Sanitation, dispensaries and jails vaccination Rajputana 1922-1927 - 1922-1927
Year: 1922
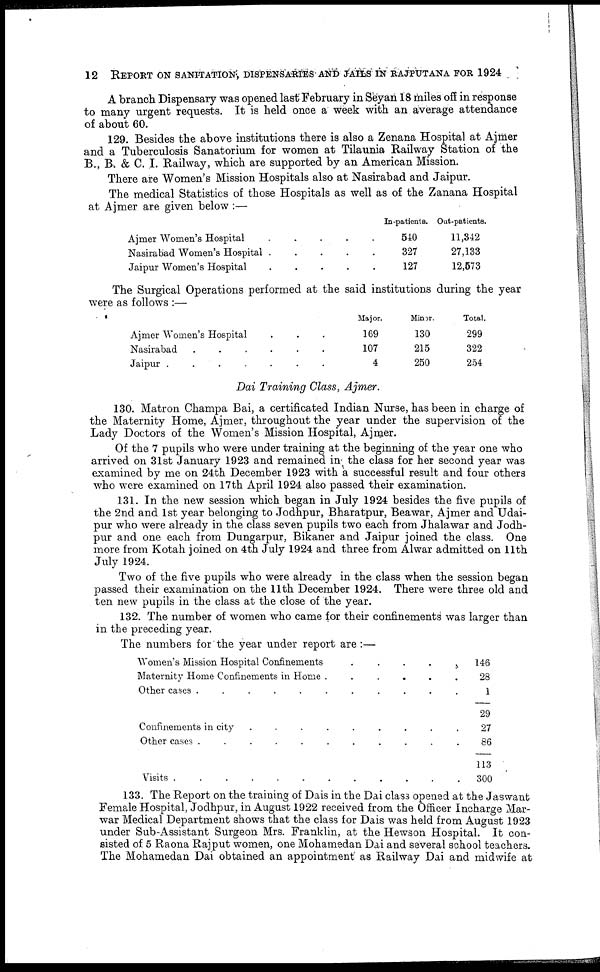
12 REPORT ON SANITATION DISPENSARIES AND JAILS IN RAJPUTANA FOR 1924
A branch Dispensary was opened last February in Seyan 18 miles off in response
to many urgent requests. It is held once a week with an average attendance
of about 60.
129. Besides the above institutions there is also a Zenana Hospital at Ajmer
and a Tuberculosis Sanatorium for women at Tilaunia Railway Station of the
B., B. & C. I. Railway, which are supported by an American Mission.
There are Women's Mission Hospitals also at Nasirabad and Jaipur.
The medical Statistics of those Hospitals as well as of the Zanana Hospital
at Ajmer are given below :—
Ajmer Women's Hospital
.....
Nasirabad Women's Hospital
.....
Jaipur Women's Hospital
.....
In-patients.
510
327
127
Out-patients.
11,342
27,133
12,573
The Surgical Operations performed at the said institutions during the year
were as follows :—
Ajmer Women's Hospital
Nasirabad
......
Jaipur
.......
Major.
169
107
4
Minor.
130
215
250
Total.
299
322
254
Dai Training Class, Ajmer.
130. Matron Champa Bai, a certificated Indian Nurse, has been in charge of
the Maternity Home, Ajmer, throughout the year under the supervision of the
Lady Doctors of the Women's Mission Hospital, Ajmer.
Of the 7 pupils who were under training at the beginning of the year one who
arrived on 31st January 1923 and remained in the class for her second year was
examined by me on 24th December 1923 with a successful result and four others
who were examined on 17th April 1924 also passed their examination.
131. In the new session which began in July 1924 besides the five pupils of
the 2nd and 1st year belonging to Jodhpur, Bharatpur, Beawar, Ajmer and Udai-
pur who were already in the class seven pupils two each from Jhalawar and Jodh-
pur and one each from Dungarpur, Bikaner and Jaipur joined the class. One
more from Kotah joined on 4th July 1924 and three from Alwar admitted on 11th
July 1924.
Two of the five pupils who were already in the class when the session began
passed their examination on the 11th December 1924. There were three old and
ten new pupils in the class at the close of the year.
132. The number of women who came for their confinements was larger than
in the preceding year.
The numbers for the year under report are :—
Women's Mission Hospital Confinements .....
Maternity Home Confinements in Home
......
Other cases
...........
Confinements in city
.........
Other cases ...........
Visits
............
146
28
1
29
27
86
113
300
133. The Report on the training of Dais in the Dai class opened at the Jaswant
Female Hospital, Jodhpur, in August 1922 received from the Officer Incharge Mar-
war Medical Department shows that the class for Dais was held from August 1923
under Sub-Assistant Surgeon Mrs. Franklin, at the Hewson Hospital. It con-
sisted of 5 Raona Rajput women, one Mohamedan Dai and several school teachers.
The Mohamedan Dai obtained an appointment as Railway Dai and midwife at